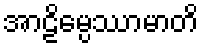
အာဠိမ္ပေဿာမာတိ